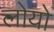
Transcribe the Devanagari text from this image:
लोयो